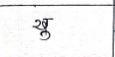
मजकूर: खु